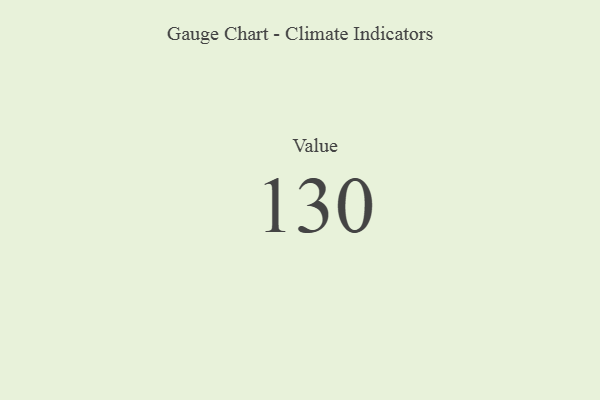
{"axis": {"x": "Metric", "y": "Value"}, "legend": [""], "data": [{"x": "Value", "y": 130, "type": ""}]}